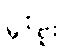
မှင်ဗူး။